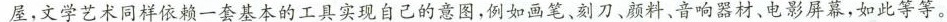
屋，文学艺术同样依赖一套基本的工具实现自己的意图，例如画笔、刻刀，颜料。音响器材，电影屏幕，如此等等。